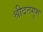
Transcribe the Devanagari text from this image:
श्रीदत्तगुरू